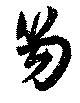
笏